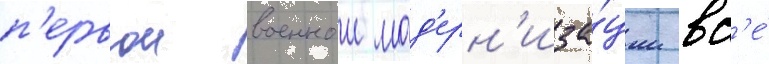
п'ервои военнои мод'ерн'иза́ции вс'е́